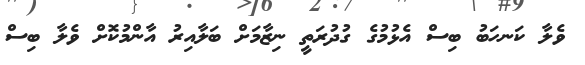
ވެލާ ކަނހަބު ބިސް އެޅުމުގެ ގުދުރަތީ ނިޒާމަށް ބަލާއިރު އާންމުކޮށް ވެލާ ބިސް